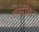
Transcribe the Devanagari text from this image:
वाल्मीकिर